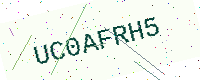
Text: UC0AFRH5